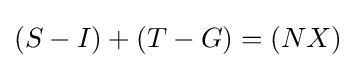
(S-I)+(T-G)=(NX)